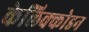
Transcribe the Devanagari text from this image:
केलिक्कोडन